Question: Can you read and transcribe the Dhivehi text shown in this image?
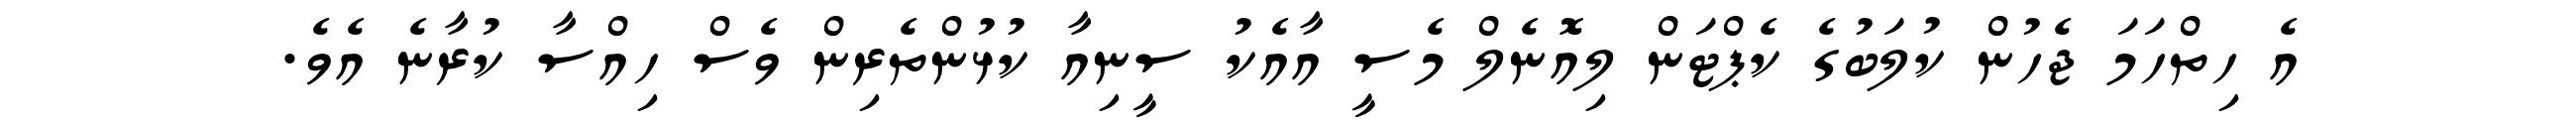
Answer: އެ ހިތްހަމަ ޖެހުން ކުލަބުގެ ކެޕްޓަން ލިއޮނެލް މެސީ އާއެކު ސީނިއާ ކުޅުންތެރިން ވެސް ހިއްސާ ކުރާނެ އެވެ.